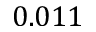
0 . 0 1 1